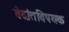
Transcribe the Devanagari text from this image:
वेदांतविषयक